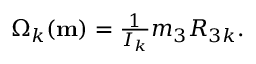
\begin{array} { r } { \Omega _ { k } ( { \bf m } ) = \frac { 1 } { I _ { k } } m _ { 3 } R _ { 3 k } . } \end{array}